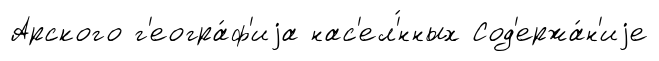
Арского г'еогра́ф'иjа нас'ел'́нных Сод'ержа́н'иjе